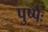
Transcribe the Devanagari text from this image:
पुष्पैः